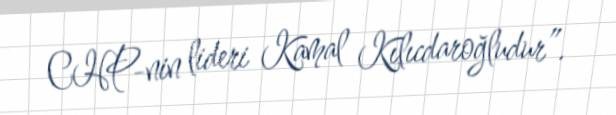
CHP-nin lideri Kamal Kılıcdaroğludur”.